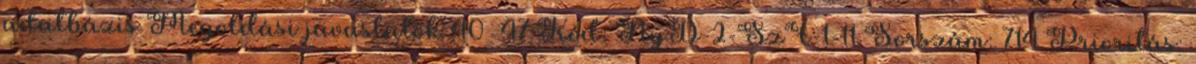
adatbázis Megoldási javaslatok 40 47 Kód: NyD-2-SzF-1-11 Sorszám: 714 Prioritás: